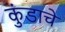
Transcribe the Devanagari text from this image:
कुंडाचे